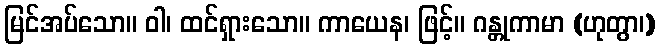
မြင်အပ်သော။ ဝါ၊ ထင်ရှားသော။ ကာယေန၊ ဖြင့်။ ဂန္တုကာမာ (ဟုတွာ၊)